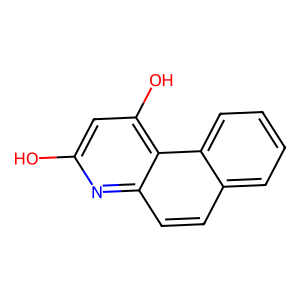
SMILES: Oc1cc(O)c2c(ccc3ccccc32)n1
Inhibits HIV replication: No